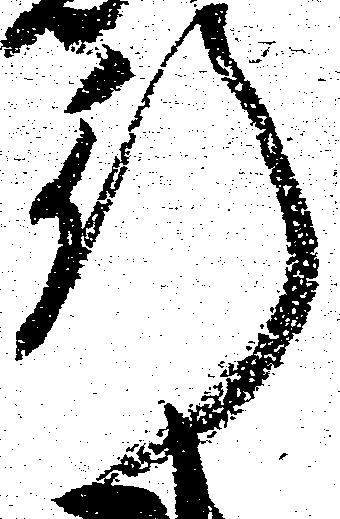
行